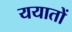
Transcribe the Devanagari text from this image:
ययातों